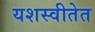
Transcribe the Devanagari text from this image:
यशस्वीतेत